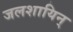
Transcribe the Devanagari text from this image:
जलशायिन्